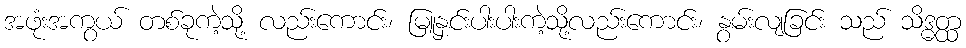
အဖုံးအကွယ် တစ်ခုကဲ့သို့ လည်းကောင်း၊ မြူနှင်းပါးပါးကဲ့သို့လည်းကောင်း၊ နွမ်းလျခြင်း သည် သိဒ္ဓတ္ထ